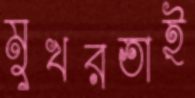
মুখরতাই